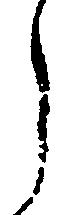
ら